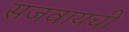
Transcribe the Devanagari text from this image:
सजवायची